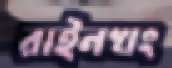
রাইনখং